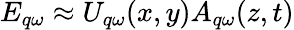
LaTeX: E_{q\omega}\approx U_{q\omega}(x,y)A_{q\omega}(z,t)